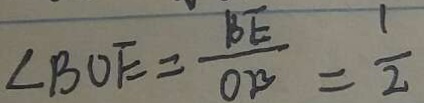
\angle B O E = \frac { B E } { O B } = \frac { 1 } { 2 }